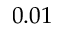
0 . 0 1